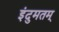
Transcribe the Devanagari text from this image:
इंदुमतम्